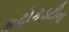
કટોકડટીના